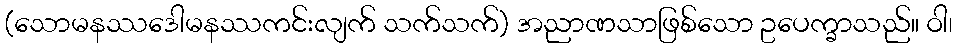
(သောမနဿဒေါမနဿကင်းလျက် သက်သက်) အညာဏသာဖြစ်သော ဥပေက္ခာသည်။ ဝါ၊